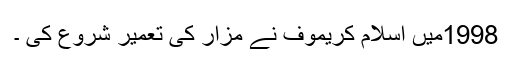
1998میں اسلام کریموف نے مزار کی تعمیر شروع کی ۔